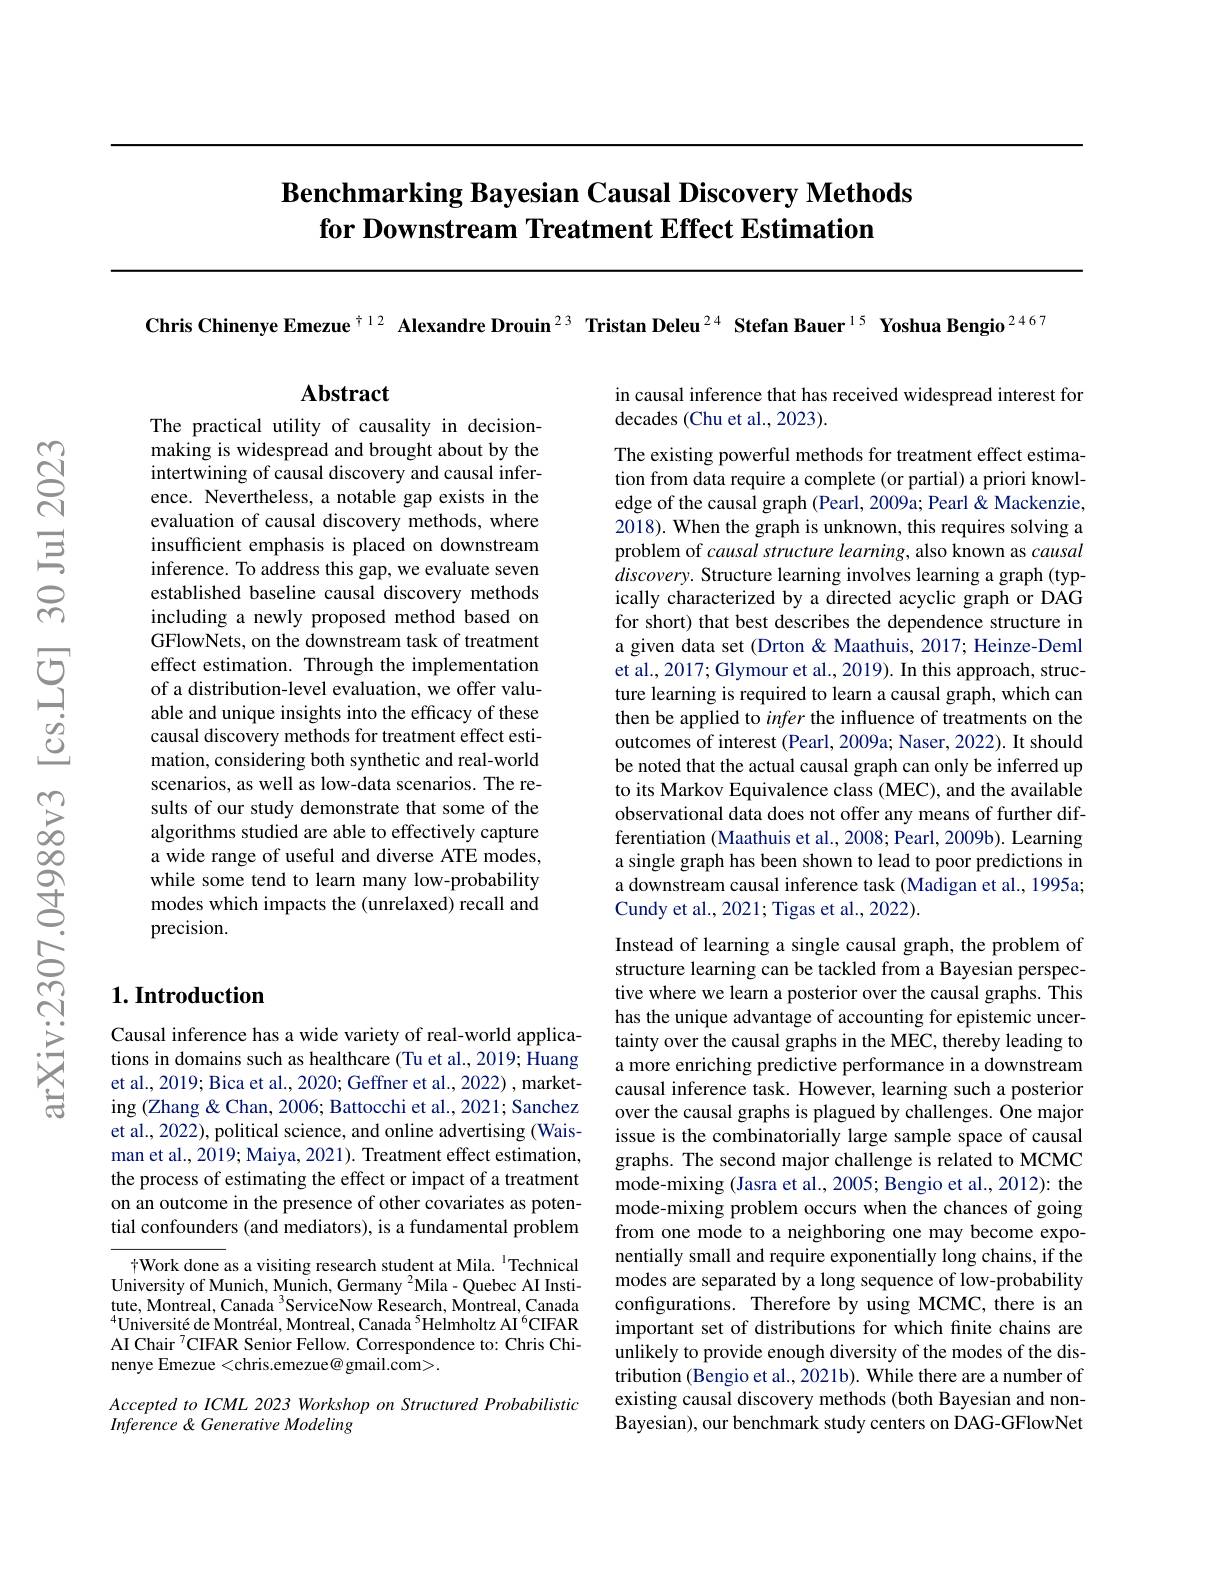
# $\textbf{Benchmarking Bayesian Causal Discovery Methods}$ for Downstream Treatment Effect Estimation

Chris Chinenye Emezue$^{\dagger12}$ Alexandre Drouin$^{23}$ Tristan Deleu$^{24}$ Stefan Bauer$^{15}$ Yoshua Bengio$^{2467}$

## $\mathbf{Abstract}$

in causal inference that has received widespread interest for
decades (Chu et al., 2023).

The practical utility of causality in decisionmaking is widespread and brought about by the intertwining of causal discovery and causal inference. Nevertheless, a notable gap exists in the evaluation of causal discovery methods, where insufficient emphasis is placed on downstream inference. To address this gap, we evaluate seven established baseline causal discovery methods including a newly proposed method based on GFlowNets, on the downstream task of treatment effect estimation. Through the implementation of a distribution-level evaluation, we offer valuable and unique insights into the efficacy of these causal discovery methods for treatment effect estimation, considering both synthetic and real-world scenarios, as well as low-data scenarios. The results of our study demonstrate that some of the algorithms studied are able to effectively capture a wide range of useful and diverse ATE modes, while some tend to learn many low-probability modes which impacts the (unrelaxed) recall and precision.

The existing powerful methods for treatment effect estimation from data require a complete (or partial) a priori knowledge of the causal graph $\hat\text{(Pearl,2009a;Pearl\" Pearl\" Pearl\" Mackenzie,}$ 2018). When the graph is unknown, this requires solving a problem of causal structure learning, also known as causal $discovery.$ Structure learning involves learning a graph (typically characterized by a directed acyclic graph or DAG for short) that best describes the dependence structure in a given data set (Drton & Maathuis, 2017; Heinze-Deml et al., 2017; Glymour et al., 2019). In this approach, structure learning is required to learn a causal graph, which can then be applied to infer the influence of treatments on the outcomes of interest (Pearl, 2009a; Naser, 2022). It should be noted that the actual causal graph can only be inferred up to its Markov Equivalence class (MEC), and the available observational data does not offer any means of further differentiation (Maathuis et al., 2008; Pearl, 2009b). Learning a single graph has been shown to lead to poor predictions in a downstream causal inference task (Madigan et al., 1995a; Cundy et al., 2021; Tigas et al., 2022).

## $1. \textbf{Introduction}$

Causal inference has a wide variety of real-world applications in domains such as healthcare (Tu et al., 2019; Huang et al., 2019; Bica et al., 2020; Geffner et al., 2022) , marketing (Zhang & Chan, 2006; Battocchi et al., 2021; Sanchez et al., 2022), political science, and online advertising (Waisman et al., 2019; Maiya, 2021). Treatment effect estimation, the process of estimating the effect or impact of a treatment on an outcome in the presence of other covariates as potential confounders (and mediators), is a fundamental problem

Instead of learning a single causal graph, the problem of structure learning can be tackled from a Bayesian perspective where we learn a posterior over the causal graphs. This has the unique advantage of accounting for epistemic uncertainty over the causal graphs in the MEC, thereby leading to a more enriching predictive performance in a downstream causal inference task. However, learning such a posterior over the causal graphs is plagued by challenges. One major issue is the combinatorially large sample space of causal graphs. The second major challenge is related to MCMC mode-mixing (Jasra et al., 2005; Bengio et al., 2012): the mode-mixing problem occurs when the chances of going from one mode to a neighboring one may become exponentially small and require exponentially long chains, if the modes are separated by a long sequence of low-probability configurations. Therefore by using MCMC, there is an important set of distributions for which finite chains are unlikely to provide enough diversity of the modes of the distribution (Bengio et al., 2021b). While there are a number of existing causal discovery methods (both Bayesian and nonBayesian), our benchmark study centers on DAG-GFlowNet

$\dagger$Work done as a visiting research student at Mila. $^{\mathrm{l}}$Technical University of Munich, Munich, Germany $^2$Mila- Quebec AI Institute, Montreal, Canada $^{3}$ServiceNow Research, Montreal, Canada $^{4}$Université de Montréal, Montreal, Canada $^{5}$Helmholtz AI$^{6}$CIFAR AI Chair $^{7}$CIFAR Senior Fellow. Correspondence to: Chris Chinenye Emezue <chris.emezue@gmail.com>.

AcceptedtoICML 2023 Workshop on Structured Probabilistic
Inference & Generative Modeling